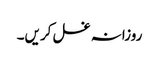
روزانہ غسل کریں۔